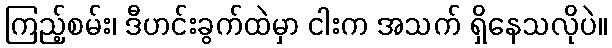
ကြည့်စမ်း၊ ဒီဟင်းခွက်ထဲမှာ ငါးက အသက် ရှိနေသလိုပဲ။